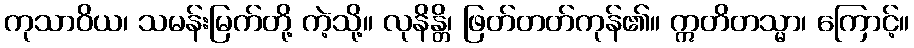
ကုသာဝိယ၊ သမန်းမြက်တို့ ကဲ့သို့။ လုနိန္တိ၊ ဖြတ်တတ်ကုန်၏။ ဣတိတသ္မာ၊ ကြောင့်။